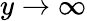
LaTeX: y\to\infty